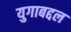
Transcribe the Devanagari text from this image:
युगाबद्दल